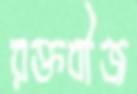
রক্তবীজ